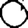
Digit: 0